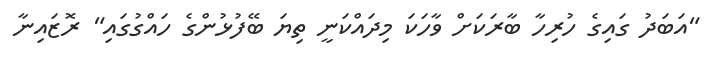
"އަބަދު ގައިގެ ހުރިހާ ބާރަކަށް ވާހަކަ މިދައްކަނީ ތިޔަ ބޭފުޅުންގެ ހައްގުގައި" ރޮޒައިނާ